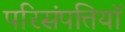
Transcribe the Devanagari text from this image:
परिसंपत्तियॉ